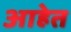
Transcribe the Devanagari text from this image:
आहेेत